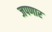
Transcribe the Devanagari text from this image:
जपणार